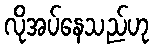
လိုအပ်နေသည်ဟု